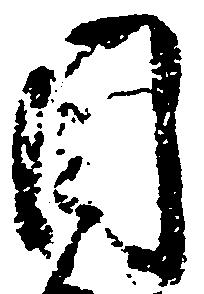
目